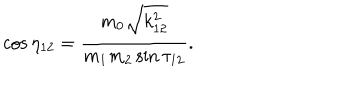
\cos \eta _ { 1 2 } = \frac { m _ { 0 } \sqrt { k _ { 1 2 } ^ { 2 } } } { m _ { 1 } m _ { 2 } \sin \tau _ { 1 2 } } .